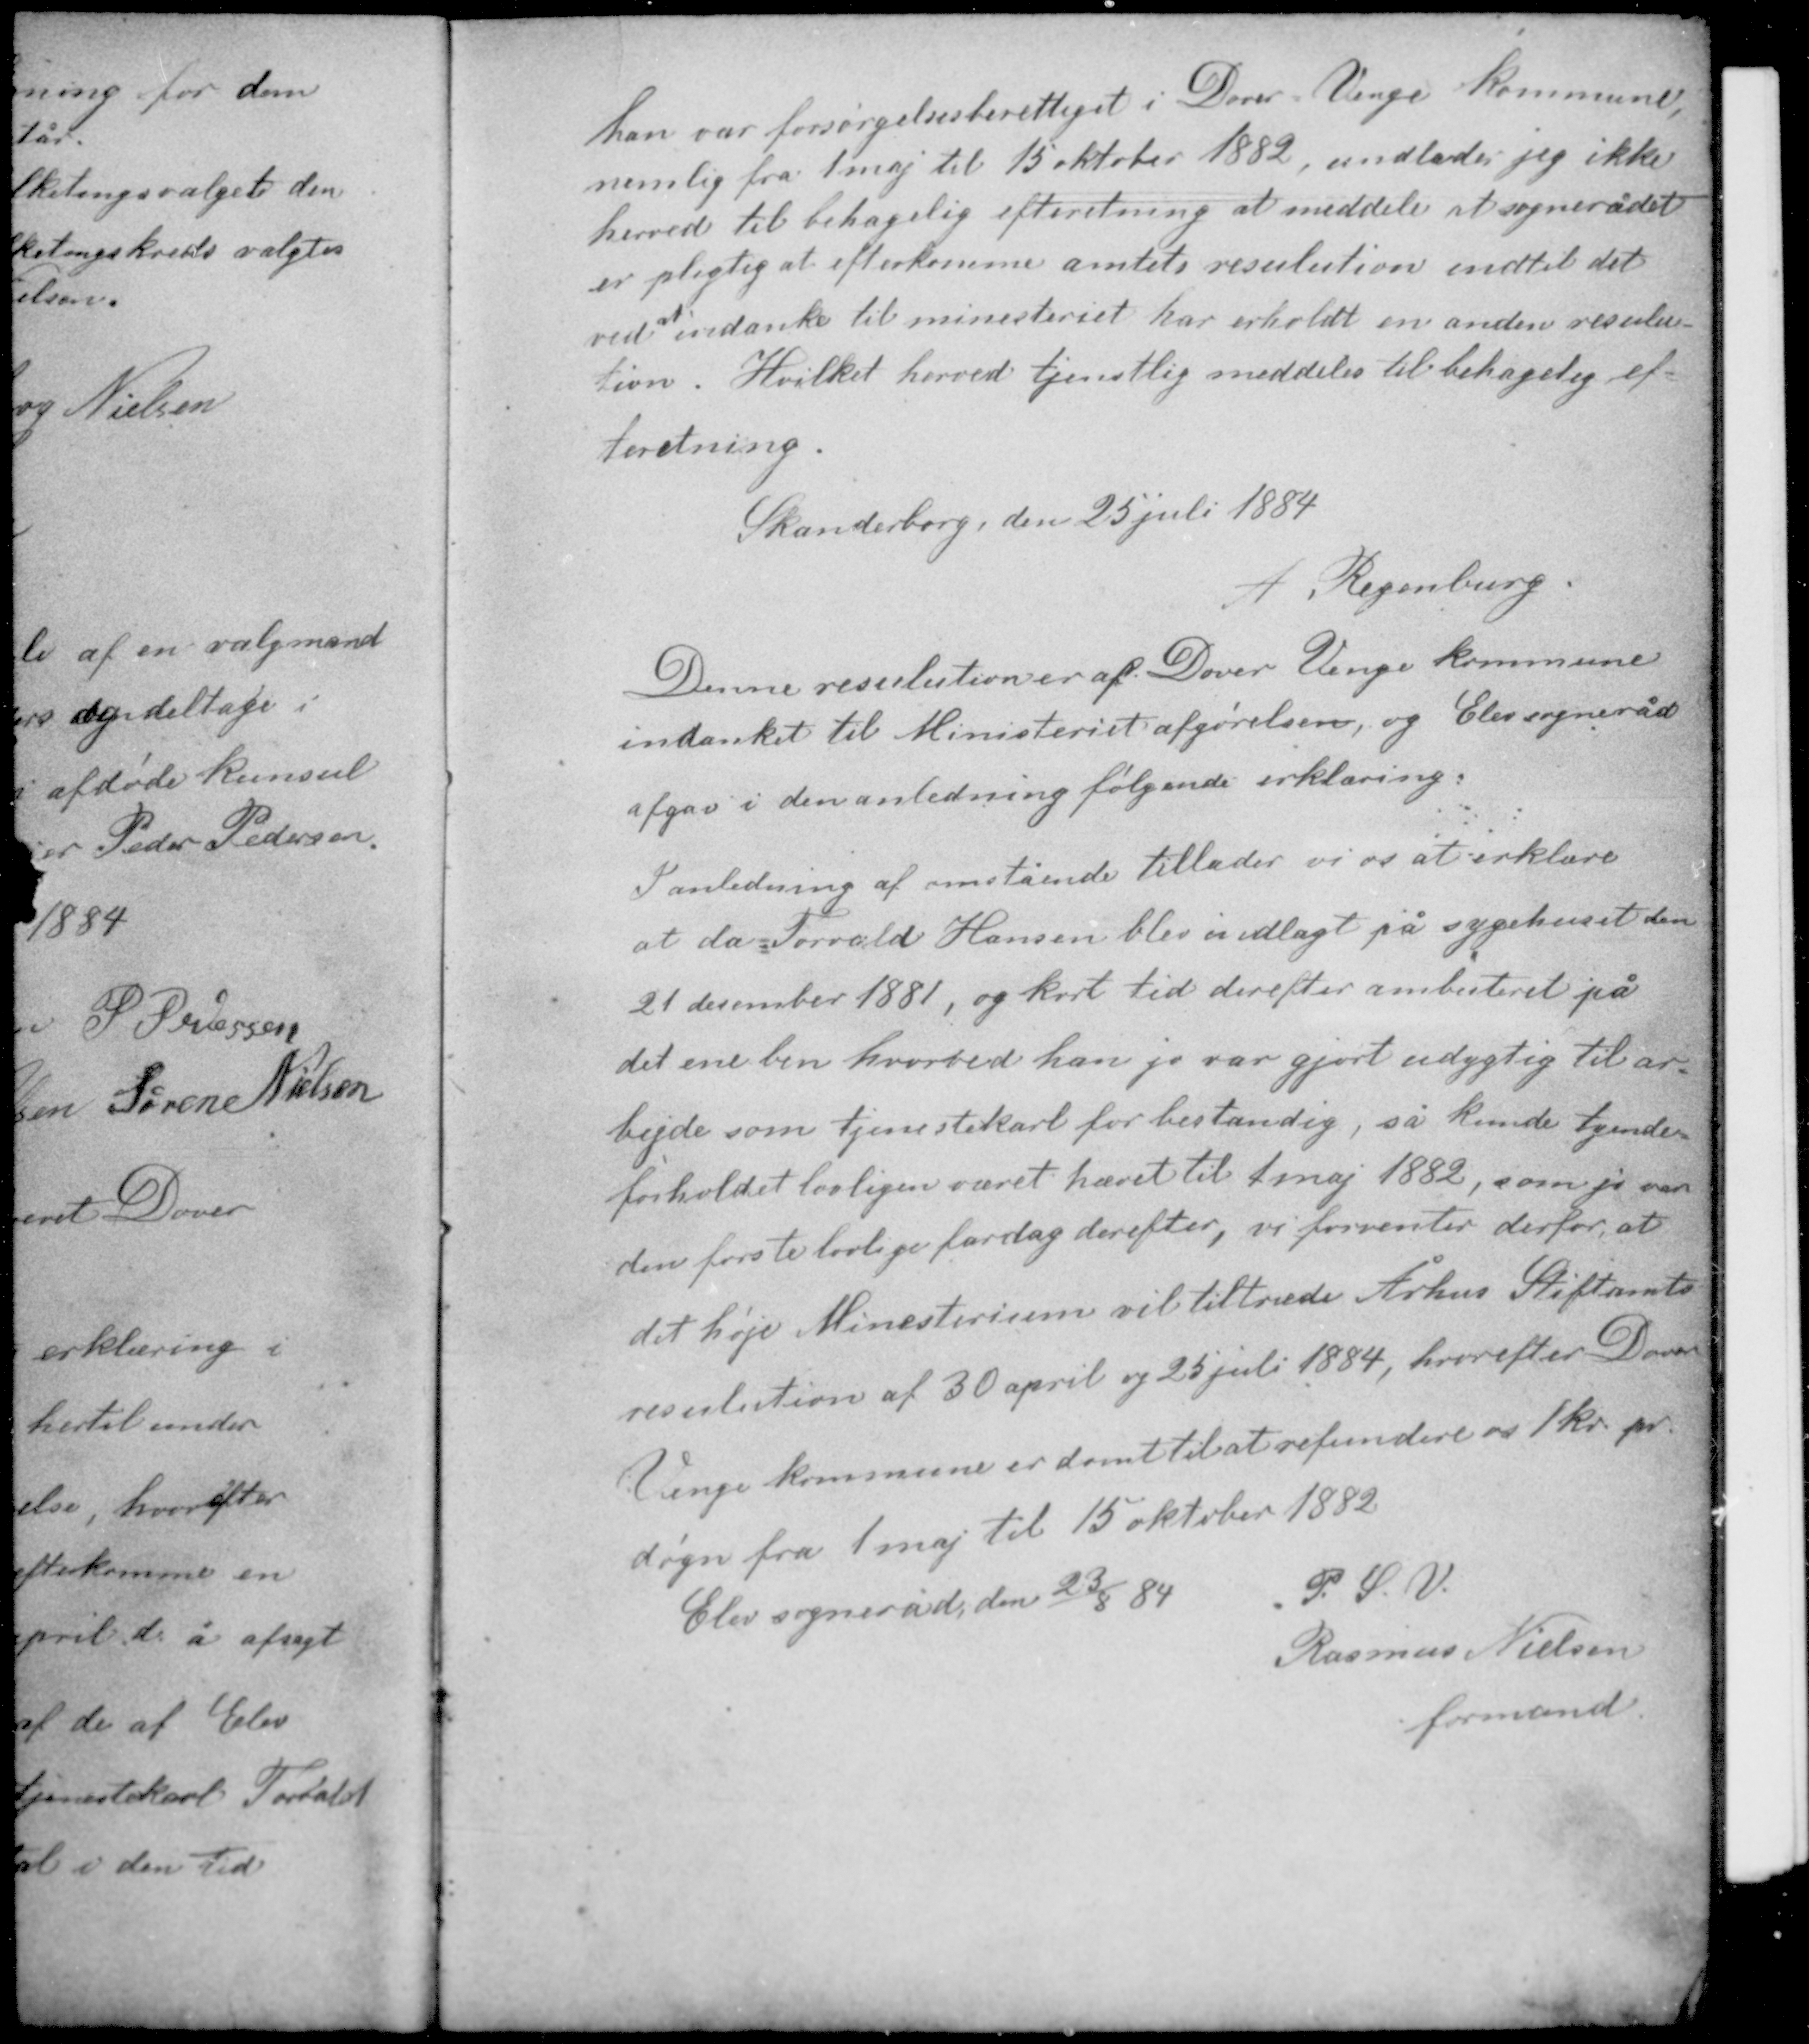
Transskription:
han var forsørgelsesberettiget i Dover - Venge kommune
nemlig fra 1 maj til 15 oktober 1882, undlader jeg ikke
herved til behagelig efterretning at meddele at sognerådet
er pligtig at efterkomme amtets resulution indtil det
ved at indanke til ministeriet har erholdt en anden resolu-
tion. Hvilket herved tjenstlig meddeles til behagelig ef-
terretning.

Skanderborg, den 25 juli 1884
A. Regenburg

Denne resulution er af Dover-Venge kommune
indanket til Ministeriet afgørelsen og Elev sogneråd
afgav i den anledning følgende erlæring:

I anledning af omstående tillader vi os at erklære
at da Torvald Hansen blev indlagt på sygehuset den
21 december 1881, og kort tid derefter ambuteret på
det ene ben hvorved han jo var gjort udygtig til ar-
bejde som tjenestekarl for bestandig, så kunde tyende-
forholdet lovligen været hævet til 1 maj 1882, som jo var
den første lovlige fardag derefter, vi forventer derfor at
det høje Minesterium vil tiltræde Århus Stiftamts
resulution af 30 april og 25 juli 1884, hvorefter Dover-
Venge kommune er dømt til at refundere os 1 kr pr
døgn fra 1 maj til 15 oktober 1882.

Elev sogneråd den 23/8 84 P. S. V.
Rasmus Nielsen
formand